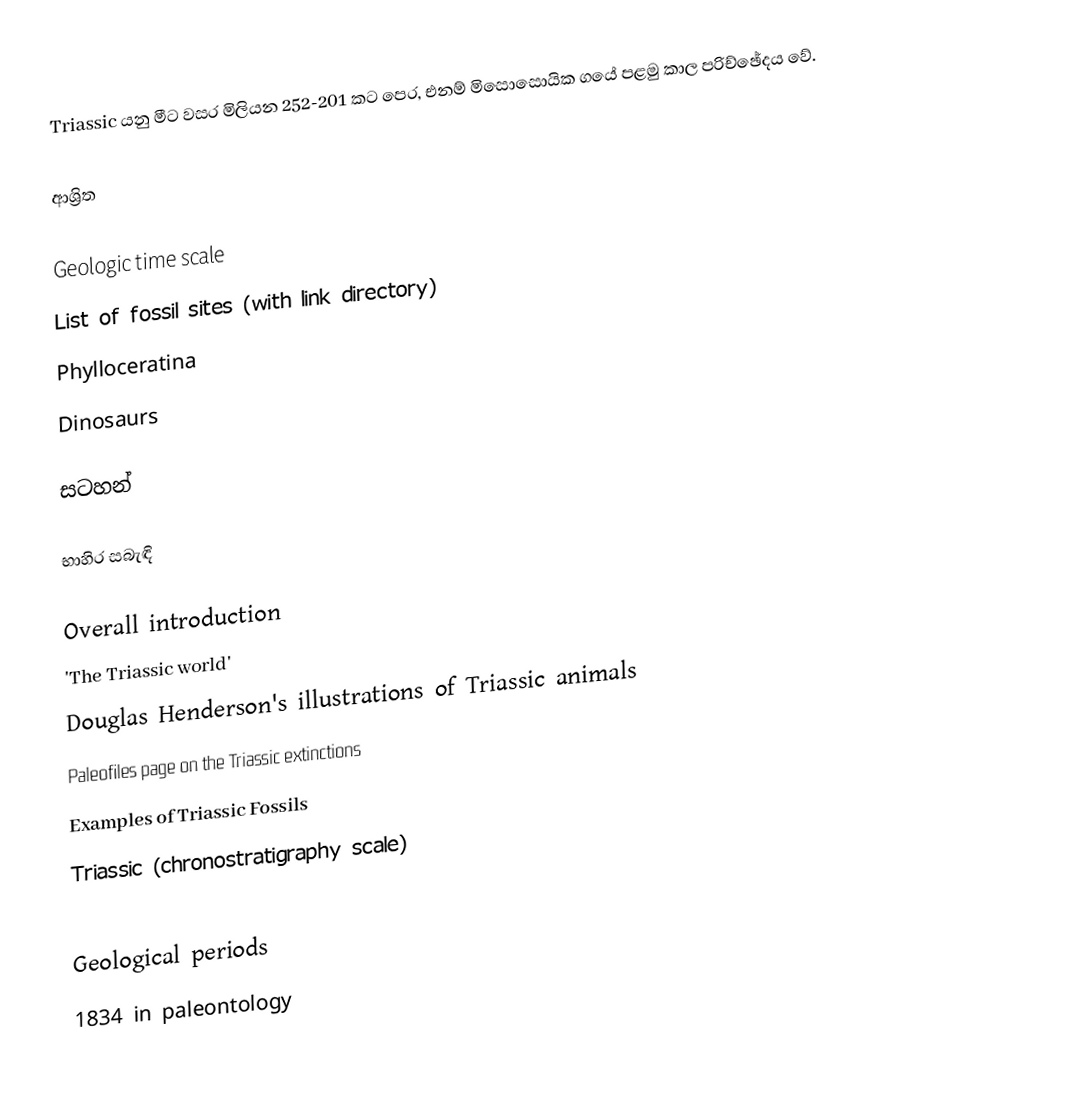
Triassic යනු මීට වසර මිලියන 252-201 කට පෙර, එනම් මිසොසොයික ගයේ පළමු කාල පරිච්ඡේදය වේ.

ආශ්‍රිත

Geologic time scale
List of fossil sites (with link directory)
Phylloceratina
Dinosaurs

සටහන්

භාහිර සබැඳි

Overall introduction
'The Triassic world'
Douglas Henderson's illustrations of Triassic animals
Paleofiles page on the Triassic extinctions
Examples of Triassic Fossils
Triassic (chronostratigraphy scale)

Geological periods
1834 in paleontology